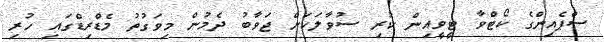
ސްޕެއިންގެ ކޯޓްވާ ޓީވީއިން ކުރި ސުވާލަކަށް ޖަވާބު ދެމުން މިވަގުތު މެޑްރިޑްގައި ހުރި